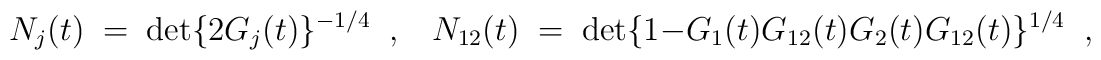
N_j(t)\; =\;\det \{ 2G_j(t)\}^{-1/4}\;\; ,\;\;\;N_{12}(t)\; =\;\det \{ 1-G_1(t)G_{12}(t)G_2(t)G_{12}(t)\}^{1/4}\;\;,